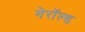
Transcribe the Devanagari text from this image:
गेरॉल्ड